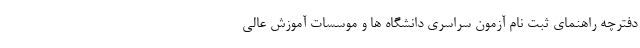
دفترچه راهنمای ثبت نام آزمون سراسری دانشگاه ها و موسسات آموزش عالی